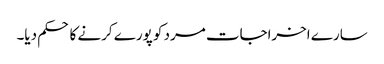
سارے اخراجات مرد کو پورے کرنے کا حکم دیا۔